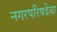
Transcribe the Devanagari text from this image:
नगरपरिषदेचा